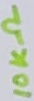
Text: 10KΩ